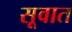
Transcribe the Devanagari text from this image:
सूवात